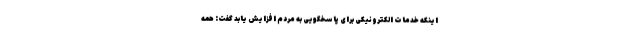
اینکه خدمات الکترونیکی برای پاسخگویی به مردم افزایش یابد گفت: همه